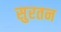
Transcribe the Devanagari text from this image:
सुरतन